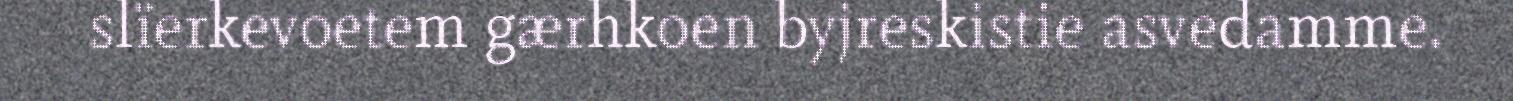
slïerkevoetem gærhkoen byjreskistie asvedamme.